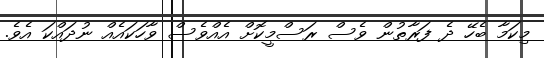
މިކަމާ ބެހޭ ދެ ފަރާތުން ވެސް ރަސްމީކޮށް އެއްވެސް ވާހަކައެއް ނުދައްކަ އެވެ.